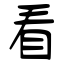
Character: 看